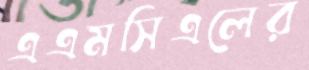
এএমসিএলের